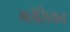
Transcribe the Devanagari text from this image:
मलेसियन